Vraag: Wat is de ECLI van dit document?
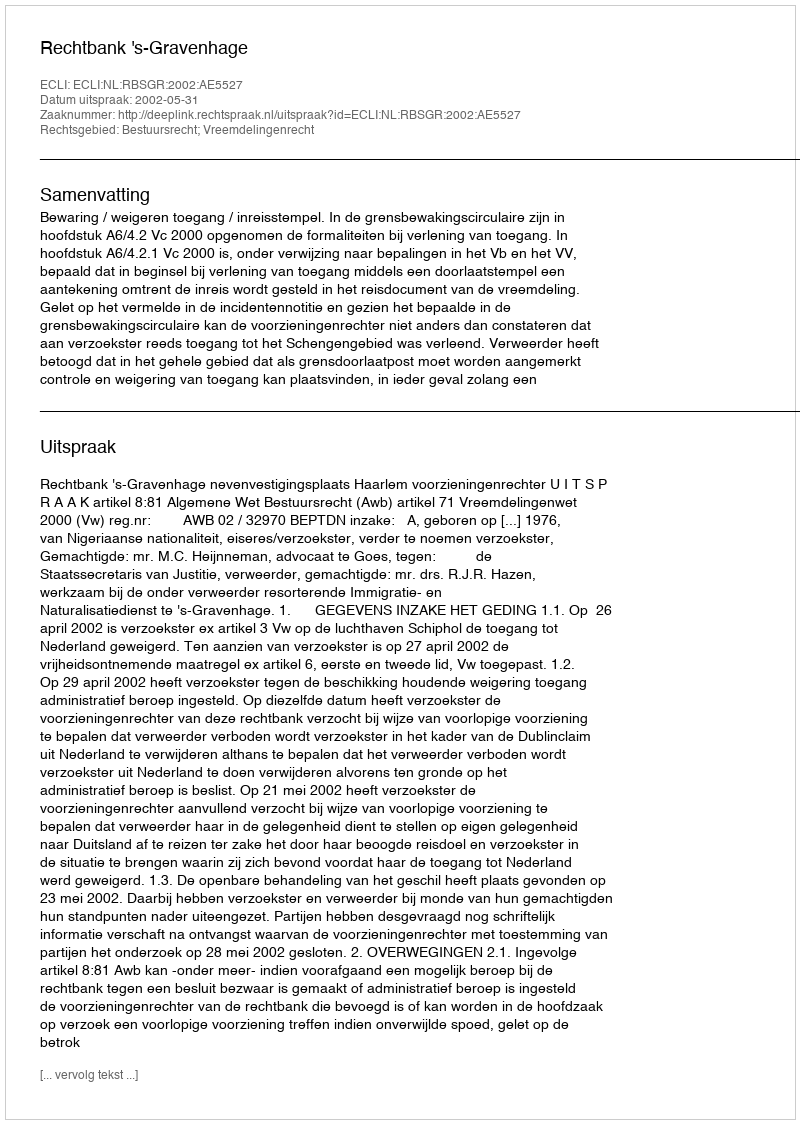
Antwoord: ECLI:NL:RBSGR:2002:AE5527